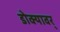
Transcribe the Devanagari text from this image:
डोक्यावर्